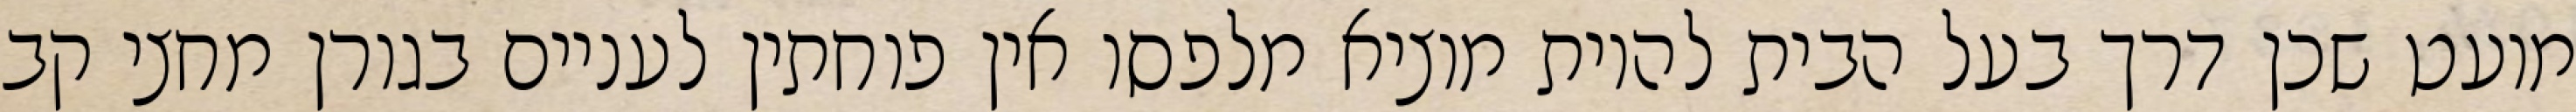
מועט שכן דרך בעל הבית להיות מוציא מלפסו אין פוחתין לעניים בגורן מחצי קב